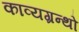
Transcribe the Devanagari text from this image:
काव्यग्रन्थो